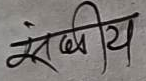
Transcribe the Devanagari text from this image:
संबंधीय